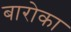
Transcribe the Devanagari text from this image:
बारोका